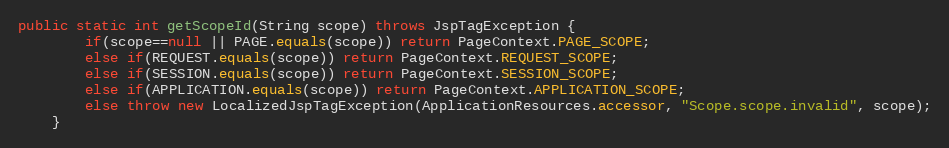
Language: Java
public static int getScopeId(String scope) throws JspTagException {
		if(scope==null || PAGE.equals(scope)) return PageContext.PAGE_SCOPE;
		else if(REQUEST.equals(scope)) return PageContext.REQUEST_SCOPE;
		else if(SESSION.equals(scope)) return PageContext.SESSION_SCOPE;
		else if(APPLICATION.equals(scope)) return PageContext.APPLICATION_SCOPE;
		else throw new LocalizedJspTagException(ApplicationResources.accessor, "Scope.scope.invalid", scope);
	}